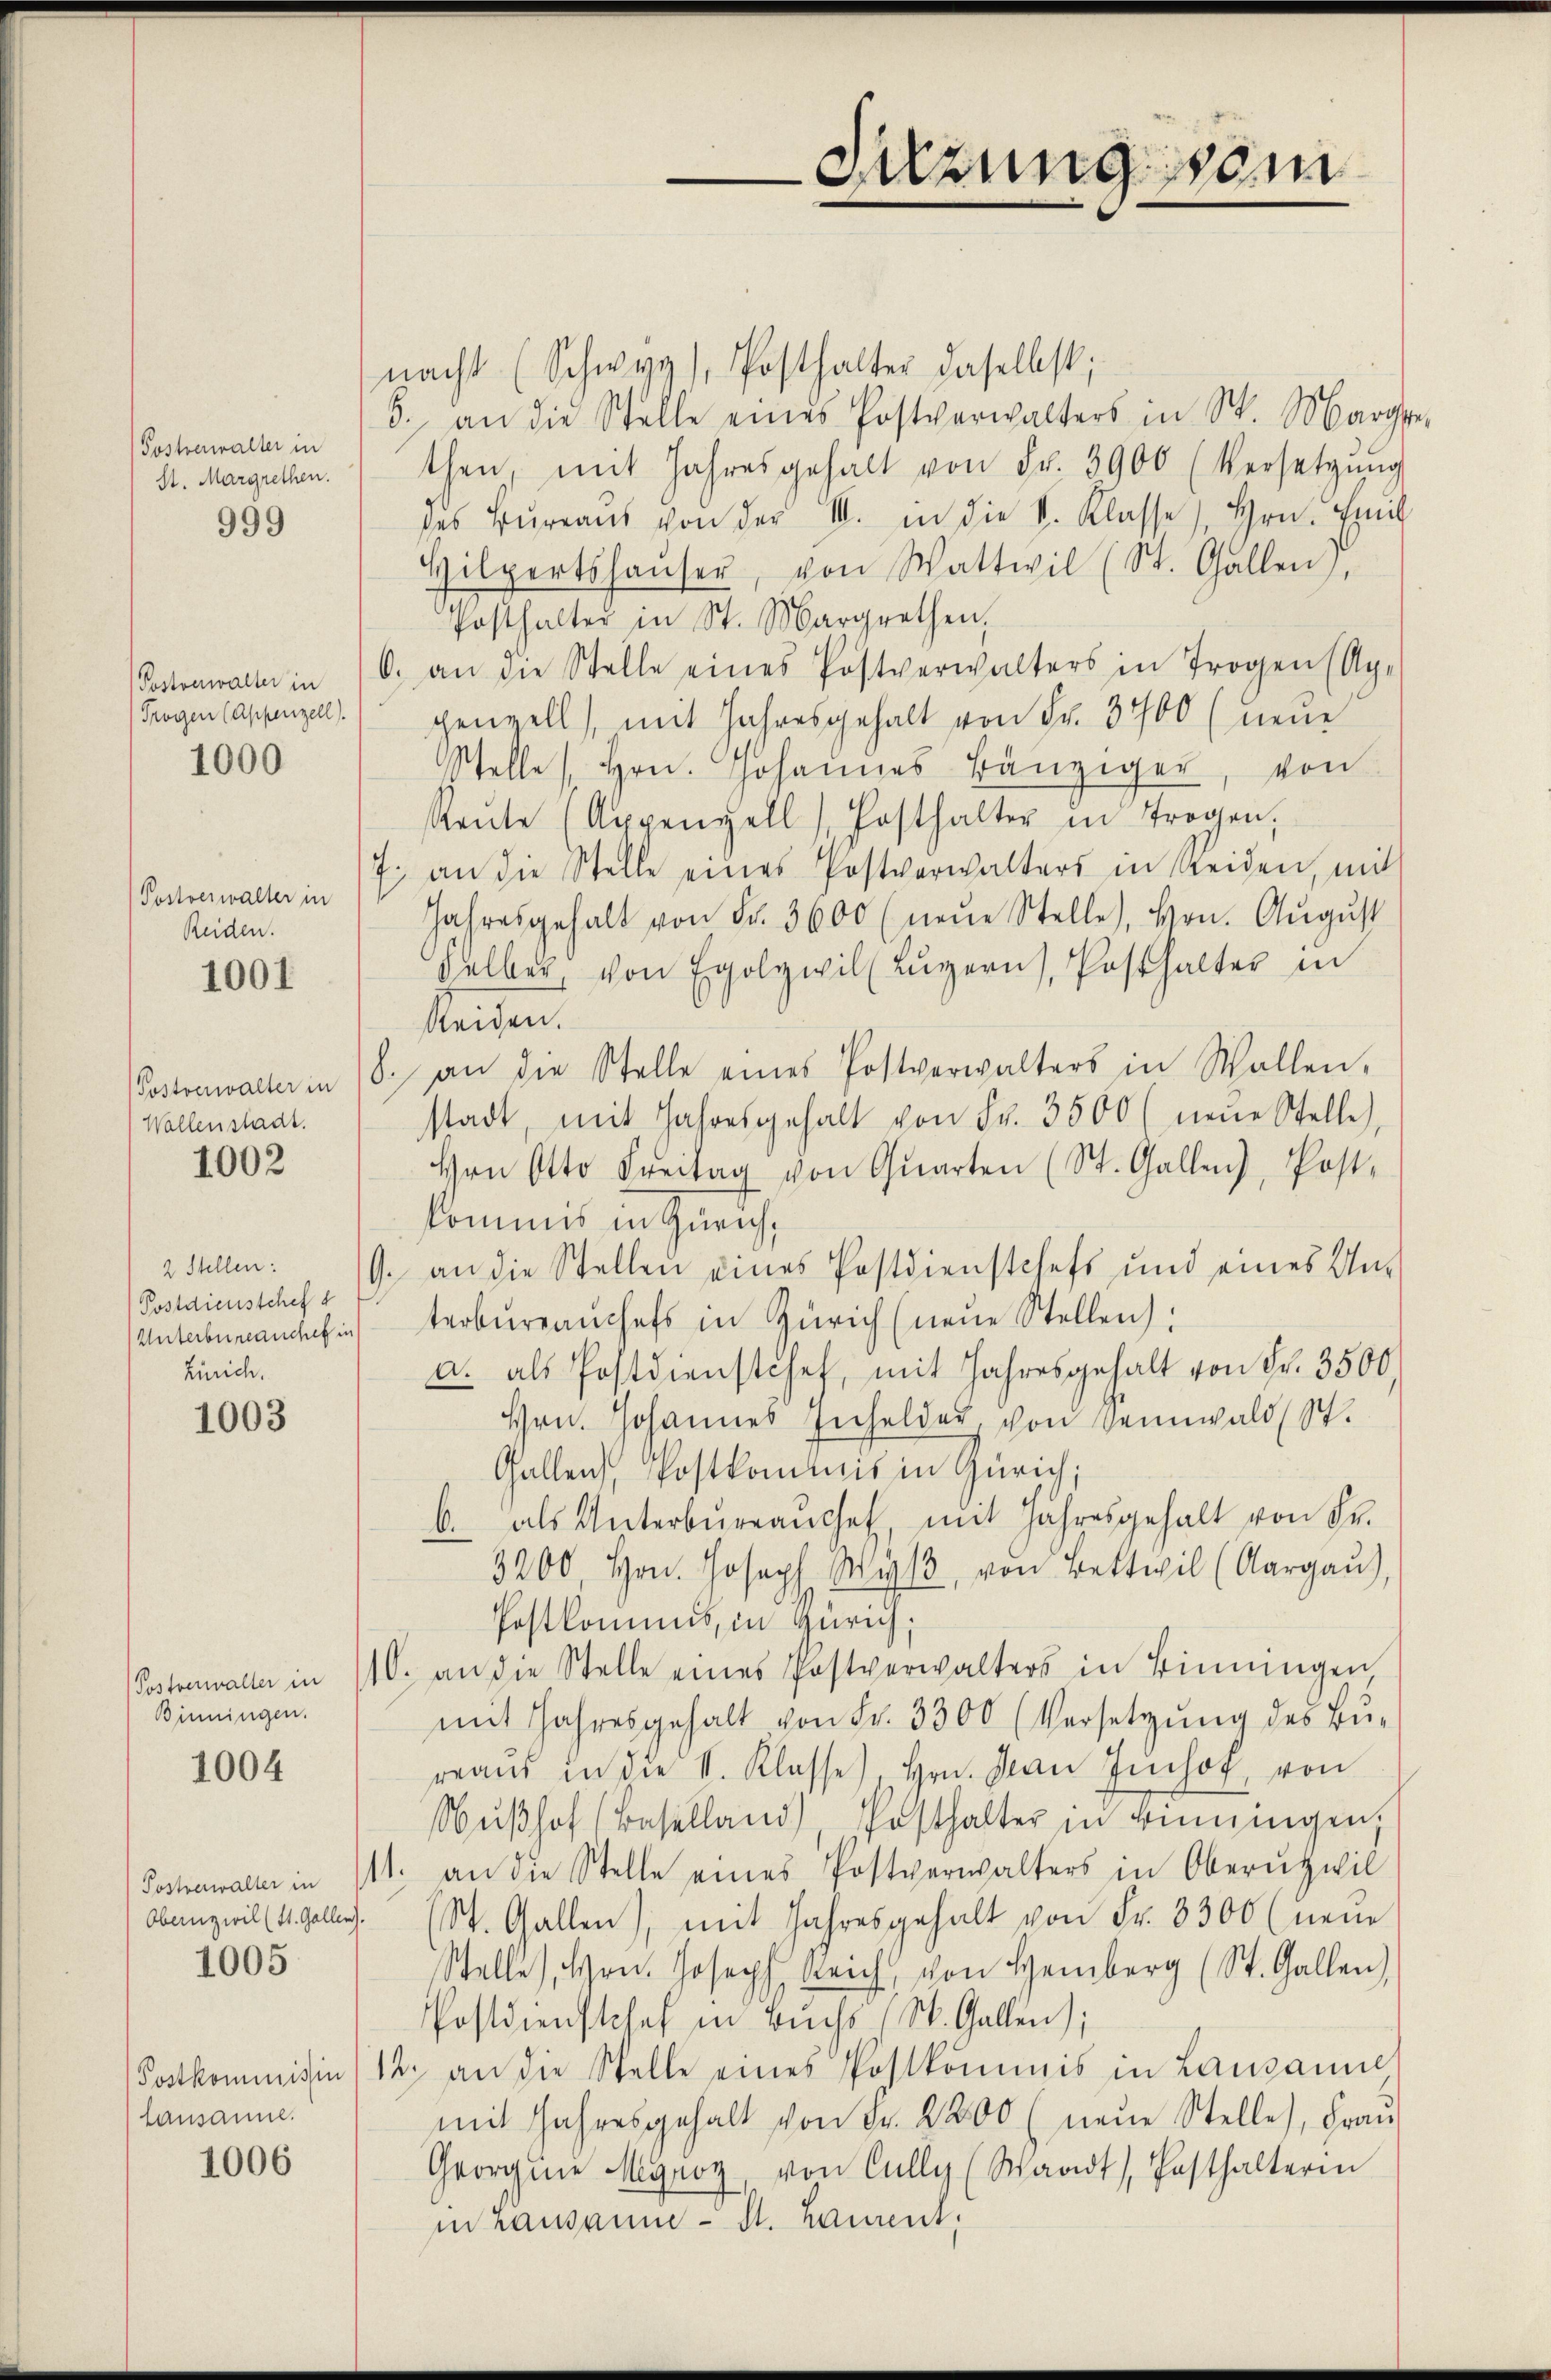
(Postverwalter in
St. Margrethen.

999

Trogen (Appenzell).
1000

Postverwalter in
Reiden.

1001

(Postverwalter in
Wallenstadt.

1002

Postdienstchef d
Zürich.

1003

Postverwalter in
Binningen.

1004

1005

Lausanne.

1006

nacht (Schwyz), Posthalter daselbst;
5. an die Stelle eines Postverwalters in St. Marg
then, mit Jahresgehalt von Fr. 3900 (Versetzŭng
des Büreaŭs von der III. in die V. Klasse, Hrn. Emil
Hilpertshaŭser, von Wattwil (St. Gallen)
Posthalter in St. Margrethen.
Postenwalt in 10. an die Stelle eines Postverwalters in Trogen Ap-
genzell), mit Jahresgehalt von Fr. 3700 (neue
Stelle Hrn. Johannes Bänziger, von
Reŭte (Appenzell (Posthalter in Trogen,
7. an die Stelle eines Postverwalters in seiden, mit
Jahresgehalt von Fr. 3600 (neŭe Stelle, Hrn. Aŭgŭst
Felber, von Egolywill Lŭzern, Posthalter in
Seiden.
8. an die Stelle eines Postverwalters in Wallen-
stadt, mit Jahresgehalt von Fr. 3500 (neŭe Stelle,
Hrn Otto Freitag von Quarten (St. Gallen, Post-
kommis in Zürich,
2Sell: G. an die Stellen eines Postdienstchefs und eines Un-
(Unterbranches interbureauchefs in Zürich (neue Stellen:
a. als Postdienstchef, mit Jahresgehalt von Fr. 3500.
Hrn. Johannes Infelder, von Sennwald (St.
Gallen Postkommis in Zürich;
b. als Unterbŭrranchet, mit Jahresgehalt von Fr.
3200, Hrn. Joseph Wyl, von Bettwil (Aargaŭ),
Pestkommnis, in Zürich;
10. an die Stelle eines Postverwalters in Binningen
mit Jahresgehalt von Fr. 3300 (Versetzŭng des Bu-
reaŭs in die V. Klasse), Hrn. Man Jŭchof, von
Nußhof (Baselland) Posthalter in Binningen.
Postverwalter in 111. an die Stelle eines Postverwalters in Oberŭzwil
Obangwil (4. Galles (St. Gallen), mit Jahresgehalt von Fr. 3300 (neue
Stelle, Hrn. Joseph Reich, von Hemberg (St. Gallen),
Postdienstchef in Buchs (St. Gallen);
Postkommissin /12. an die Stelle eines Postkommis in Lausanne
mit Jahresgehalt von Fr. 2200 (neue Stelle), Frau
Georgnie Myroz, von Cully (Waadt, Gasthalterin
in Lausanne - St. kament.

Sitzung sein